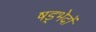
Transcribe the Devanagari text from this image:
षड्भेदों